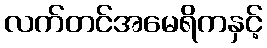
လက်တင်အမေရိကနှင့်